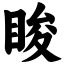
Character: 睃